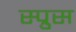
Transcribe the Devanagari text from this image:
स्प्रुस